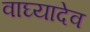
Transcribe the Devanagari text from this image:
वाघ्यादेव